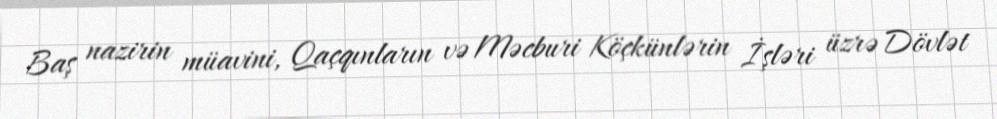
Baş nazirin müavini, Qaçqınların və Məcburi Köçkünlərin İşləri üzrə Dövlət